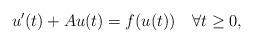
LaTeX: \begin{align*}u'(t)+Au(t)=f(u(t))\quad\forall t\geq 0,\end{align*}